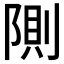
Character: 𲉘